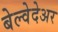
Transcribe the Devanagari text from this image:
बेल्वेदेअर